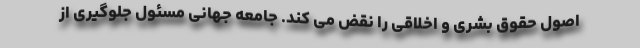
اصول حقوق بشری و اخلاقی را نقض می کند. جامعه جهانی مسئول جلوگیری از